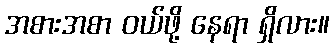
အစားအစာ ဝယ်ဖို့ နေရာ ရှိလား။